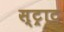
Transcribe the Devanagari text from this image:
स्ट्राट